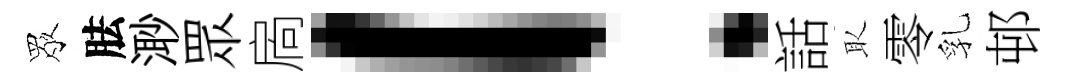
眾胠𣺌眾扄！話取零乳邨